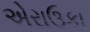
એરાઉકા